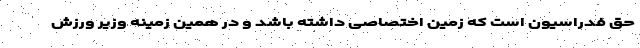
حق فدراسیون است که زمین اختصاصی داشته باشد و در همین زمینه وزیر ورزش